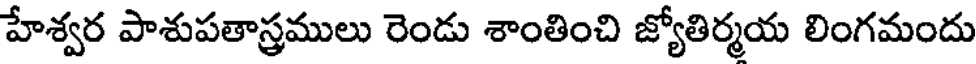
హేశ్వర పాశుపతాస్త్రములు రెండు శాంతించి జ్యోతిర్మయ లింగమందు